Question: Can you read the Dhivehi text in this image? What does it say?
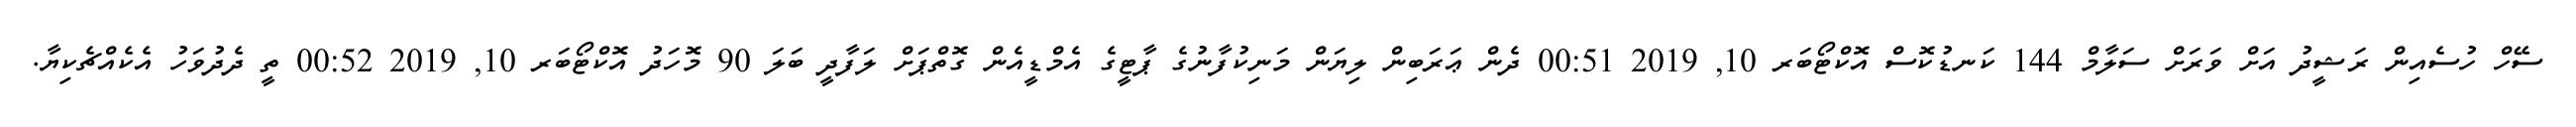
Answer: ސޭހް ހުސެއިން ރަޝީދު އަށް ވަރަށް ސަލާމް 144 ކަނޑުކޮސް އޮކްޓޯބަރ 10, 2019 00:51 ދެން ޢަރަބިން ލިޔަން މަނިކުފާނުގެ ޕާޓީގެ އެމްޑީއެން ގޮތްޕަށް ލަފާދީ ބަލަ 90 މޮހަދު އޮކްޓޯބަރ 10, 2019 00:52 ތީ ދެދުވަހު އެކެއްޗެކިޔާ.